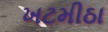
ખટમીઠા